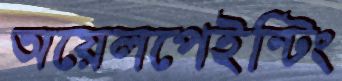
অয়েলপেইন্টিং